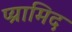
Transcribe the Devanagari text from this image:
प्य्रामिद